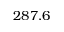
2 8 7 . 6